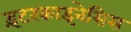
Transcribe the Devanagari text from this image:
इंटरकाइनेसिस